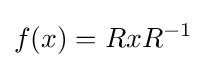
f(x)=RxR^{-1}